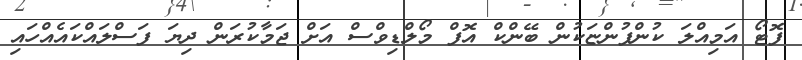
ފޮޓޯ އަމިއްލަ ކުންފުންޏަކުން ބޭންކް އޮފް މޯލްޑިވްސް އަށް ޖަމާކުރަން ދިޔަ ފަސްލައްކައެއްހައި